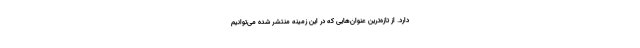
دارد. از تازه‌ترین عنوان‌هایی که در این زمینه منتشر شده می‌توانیم